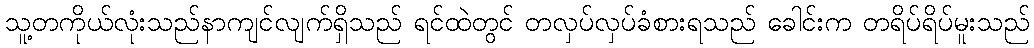
သူ့တကိုယ်လုံးသည်နာကျင်လျက်ရှိသည် ရင်ထဲတွင် တလှပ်လှပ်ခံစားရသည် ခေါင်းက တရိပ်ရိပ်မူးသည်